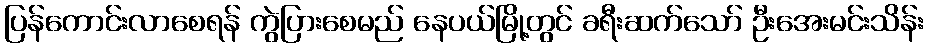
ပြန်ကောင်းလာစေရန် ကွဲပြားစေမည် နေပယ်မြို့တွင် ခရီးဆက်သော် ဦးအေးမင်းသိန်း